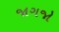
જાગજો